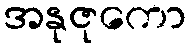
အနုဇုကော